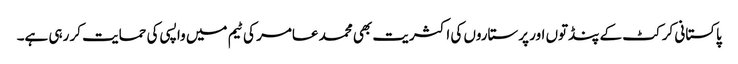
پاکستانی کرکٹ کے پنڈتوں اور پرستاروں کی اکثریت بھی محمد عامر کی ٹیم میں واپسی کی حمایت کر رہی ہے۔